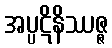
အပ္ပဋိနိဿဇ္ဇ